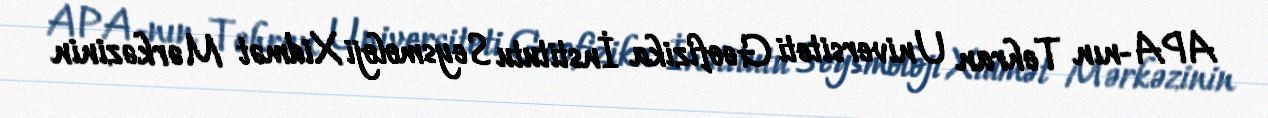
APA-nın Tehran Universiteti Geofizika İnstitutu Seysmoloji Xidmət Mərkəzinin